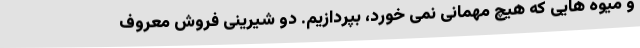
و میوه هایی که هیچ مهمانی نمی خورد، بپردازیم. دو شیرینی فروش معروف